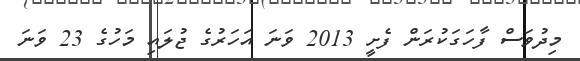
މިދުވަސް ފާހަަގަކުރަން ފެށީ 2013 ވަނަ އަހަރުގެ ޖުލައި މަހުގެ 23 ވަނަ